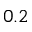
0 . 2